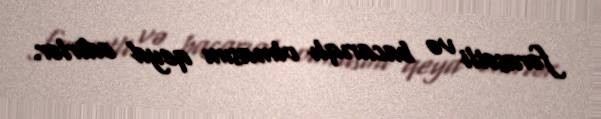
fərasətli və bacarıqlı olmasını qeyd edirlər.